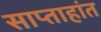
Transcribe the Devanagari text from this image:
साप्ताहांत